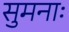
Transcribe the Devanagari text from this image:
सुमनाः